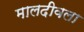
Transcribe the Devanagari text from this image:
मालदीवला